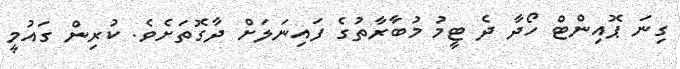
ގިނަ ޕޮއިންޓް ހޯދާ ދެ ޓީމު މުބާރާތުގެ ފައިނަލަށް ދާގޮތަށެވެ. ކުރިން ގައުމީ